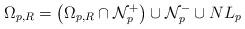
LaTeX: \begin{align*}{\Omega}_{p,R}= \left({\Omega}_{p,R}\cap \mathcal N_p^+\right) \cup \mathcal N_p^-\cup NL_p\end{align*}